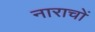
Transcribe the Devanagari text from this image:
नाराचों